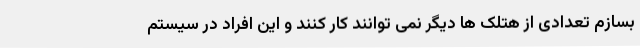
بسازم تعدادی از هتلک ها دیگر نمی توانند کار کنند و این افراد در سیستم